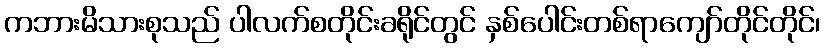
ကဘားမိသားစုသည် ပါလက်စတိုင်းခရိုင်တွင် နှစ်ပေါင်းတစ်ရာကျော်တိုင်တိုင်၊